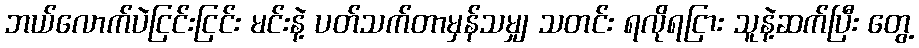
ဘယ်လောက်ပဲငြင်းငြင်း မင်းနဲ့ ပတ်သက်တာမှန်သမျှ သတင်း ရလိုရငြား သူနဲ့ဆက်ပြီး တွေ့